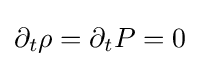
{\textstyle \partial _{t}\rho =\partial _{t}P=0}